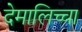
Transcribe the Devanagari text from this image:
देमालिच्चा